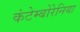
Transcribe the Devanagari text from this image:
कंटेम्बोरेनिया